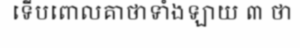
ទើបពោលគាថាទាំងឡាយ ៣ ថា